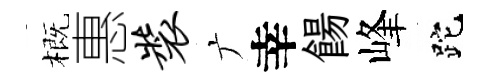
概惠装广幸餳峰跎